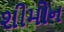
શીમોન